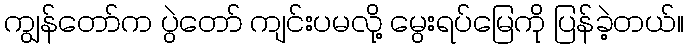
ကျွန်တော်က ပွဲတော် ကျင်းပမလို့ မွေးရပ်မြေကို ပြန်ခဲ့တယ်။